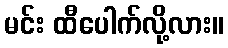
မင်း ထီပေါက်လို့လား။